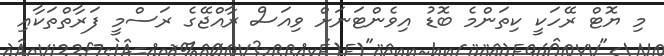
މި ޔޮޓް ރޭހަކީ ކިތަންމެ ބޮޑު އިވެންޓަނަށް ވިއަސް ރާއްޖޭގެ ރަސްމީ ފަރާތްތަކާއި